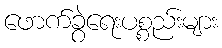
ဖောက်ခွဲရေးပစ္စည်းများ